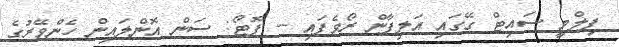
ފިލްމީ ސައިޓް ގޭގައި އަލިފާން ރޯވެފައި -- ފޮޓޯ: ސަން އޮންލައިން ހެންވޭރުގެ